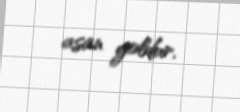
asan yoldur.